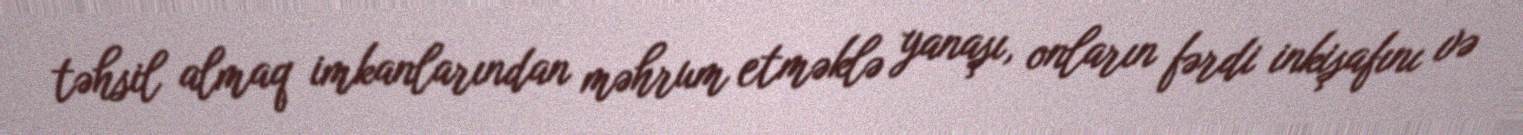
təhsil almaq imkanlarından məhrum etməklə yanaşı, onların fərdi inkişafını və